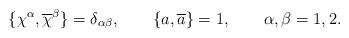
LaTeX: \begin{align*}\{\chi ^{\alpha },\overline{\chi }^{\beta }\}=\delta _{\alpha \beta },\qquad\{a,\overline{a}\}=1,\qquad \alpha ,\beta =1,2.\end{align*}